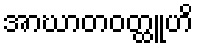
အာဃာတဝတ္ထူဟိ